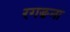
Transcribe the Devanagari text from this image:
रगङना